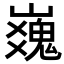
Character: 𪩜